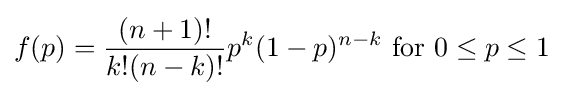
f(p)={\frac {(n+1)!}{k!(n-k)!}}p^{k}(1-p)^{n-k}{\text{ for }}0\leq p\leq 1